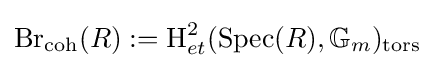
{\text{Br}}_{\text{coh}}(R):={\text{H}}_{et}^{2}({\text{Spec}}(R),\mathbb {G} _{m})_{\text{tors}}